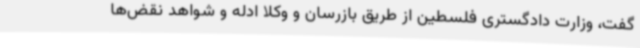
گفت، وزارت دادگستری فلسطین از طریق بازرسان و وکلا ادله و شواهد نقض‌ها